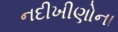
નદીખીણોના